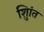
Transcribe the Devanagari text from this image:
शुिांत